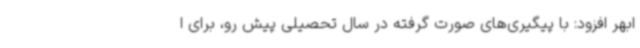
ابهر افزود: با پیگیری‌های صورت گرفته در سال تحصیلی پیش رو، برای ا